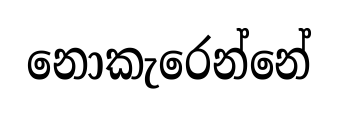
නොකැරෙන්නේ